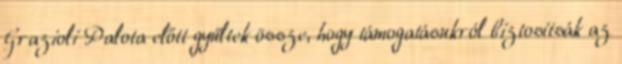
Grazioli Palota előtt gyűltek össze, hogy támogatásukról biztosítsák az